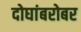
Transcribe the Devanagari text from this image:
दोघांबरोबर